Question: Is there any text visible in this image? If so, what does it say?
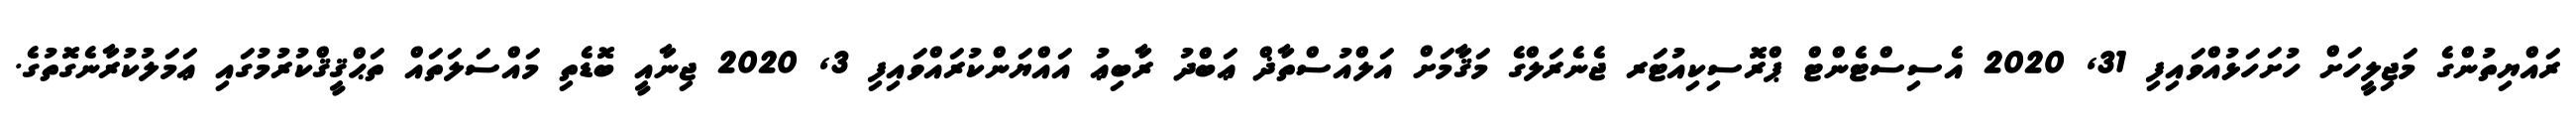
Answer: ރައްޔިތުންގެ މަޖިލީހަށް ހުށަހަޅުއްވައިފި 31, 2020 އެސިސްޓެންޓް ޕްރޮސިކިއުޓަރ ޖެނެރަލްގެ މަޤާމަށް އަލްއުސްތާޛް ޢަބްދު ރާބިޢު އައްޔަންކުރައްވައިފި 3, 2020 ޖިނާއީ ބޮޑެތި މައްސަލަތައް ތަޙްޤީޤްކުރުމުގައި ޢަމަލުކުރާނެގޮތުގެ.